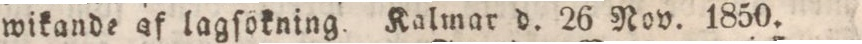
wikande af lagſökning. Kalmar d. 26 Nov. 1850.